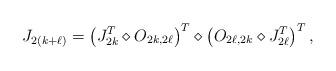
LaTeX: \begin{align*} J_{2(k+\ell)} &= \left(J_{2k}^T \diamond O_{2k, 2\ell} \right)^T \diamond \left(O_{2\ell, 2k} \diamond J_{2\ell}^T\right)^T,\end{align*}